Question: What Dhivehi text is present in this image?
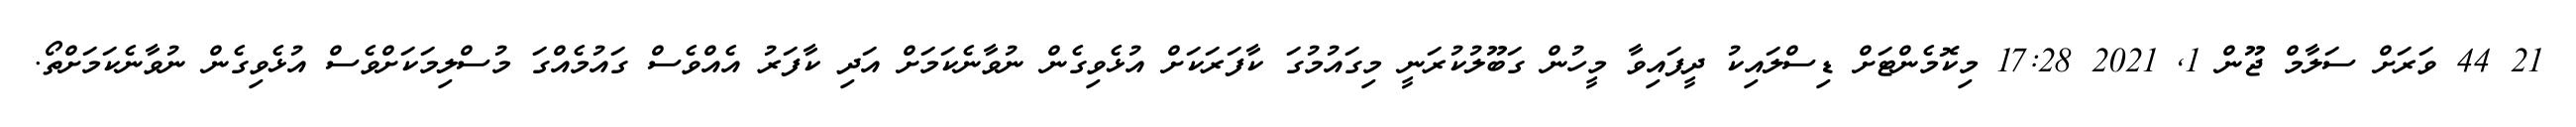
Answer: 21 44 ވަރަށް ސަލާމް ޖޫން 1, 2021 17:28 މިކޮމެންޓަށް ޑިސްލައިކު ދީފައިވާ މީހުން ގަބޫލުކުރަނީ މިގައުމުގަ ކާފަރަކަށް އުޅެވިގެން ނުވާނެކަމަށް އަދި ކާފަރު އެއްވެސް ގައުމެއްގަ މުސްލިމަކަށްވެސް އުޅެވިގެން ނުވާނެކަމަށްތޯ.